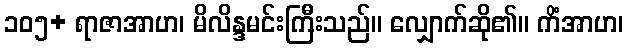
၁၀၅+ ရာဇာအာဟ၊ မိလိန္ဒမင်းကြီးသည်။ လျှောက်ဆို၏။ ကိံအာဟ၊